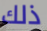
ذلك